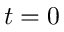
t = 0